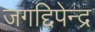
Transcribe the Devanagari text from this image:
जगद्दिपेन्द्र